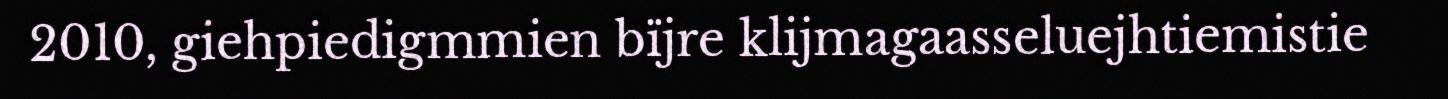
2010, giehpiedigmmien bïjre klijmagaasseluejhtiemistie